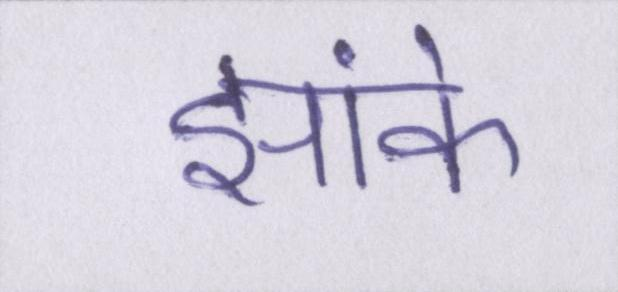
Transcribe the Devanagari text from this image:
झांके